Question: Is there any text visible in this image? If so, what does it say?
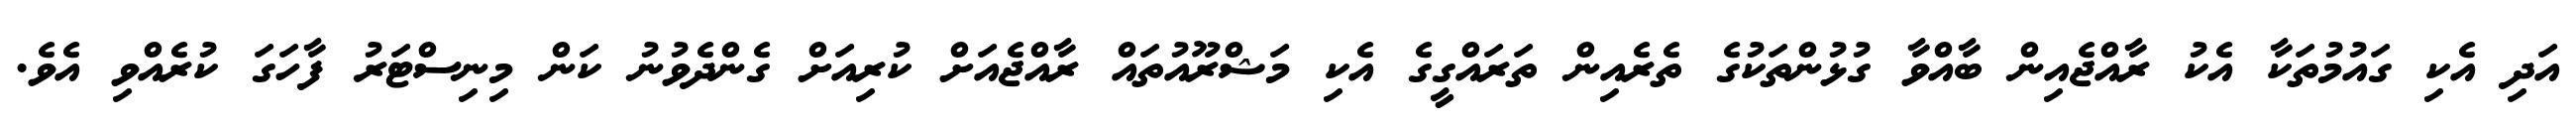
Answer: އަދި އެކި ގައުމުތަކާ އެކު ރާއްޖެއިން ބާއްވާ ގުޅުންތަކުގެ ތެރެއިން ތަރައްގީގެ އެކި މަޝްރޫއުތައް ރާއްޖެއަށް ކުރިއަށް ގެންދެވުނު ކަން މިނިސްޓަރު ފާހަގަ ކުރެއްވި އެވެ.